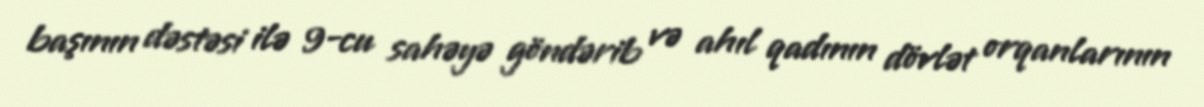
başının dəstəsi ilə 9-cu sahəyə göndərib və ahıl qadının dövlət orqanlarının